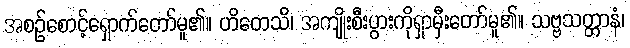
အစဉ်စောင့်ရှောက်တော်မူ၏။ ဟိတေသိ၊ အကျိုးစီးပွားကိုရှာမှီးတော်မူ၏။ သဗ္ဗသတ္တာနံ၊